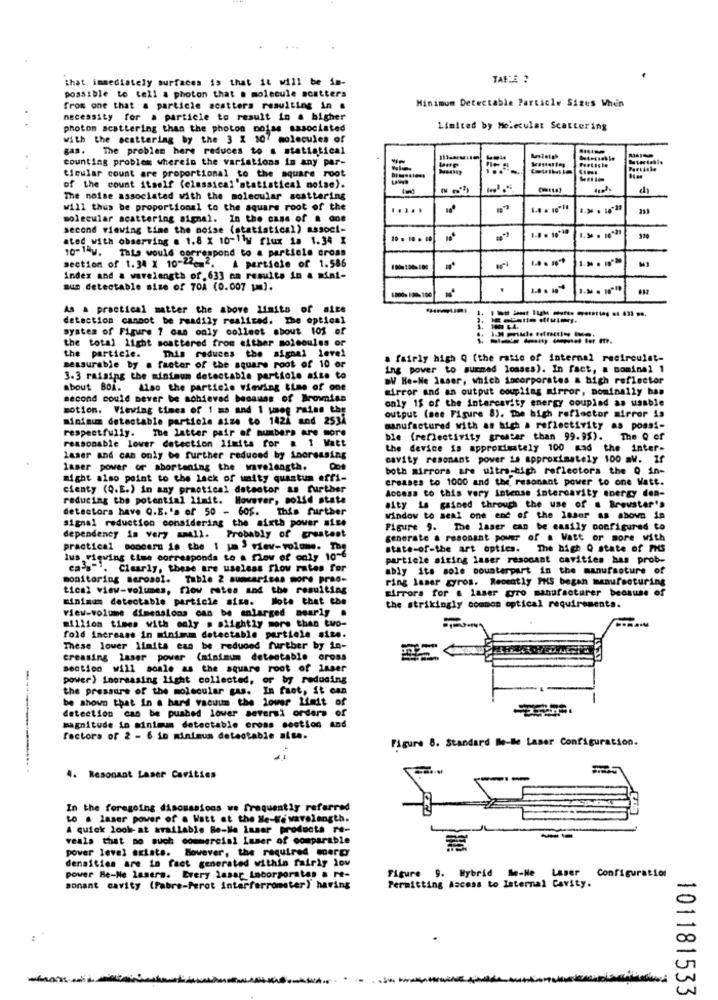
that immediately surfaces is that it will be im-
TABLA ?
possible to tell a photon that a molecule scatters
Minimum Detectable Particle Sizes When
from one that a particle scatters resulting in .
necessity for a particle to result in a higher
photon scattering than the photon poiss associated
Limited by Molecular Scattering
With the scattering by the 3 % 107 molecules of
gas. The problem here reduces to a statistical
counting problem wherein the variations in any par-
-
Inter table
ticular count are proportional to the square root
of the count itself (classical 'statistical noise).
1teh
The noise associated with the molecular scattering
will thus be proportional to the square root of the
.....
molecular scattering signal. In the case of a one
second viewing time the noise (statistical) associ-
1-8 . 18*10
ated with observing a 1.8 x 10-1ly flux 1a 1.34 X
10-1-V. This would correspond to a particle cross
section of 1.34 X 10-22cm2. A particle of 1.586
index and a wavelength of, 633 na results in a mini-
mum detectable size of 70A (0.007 [m].
1800 100100
412
As a practical matter the above limits of aixe
detaction cannot be readily realized. The optical
system of Figure 7 can only collect about 10% of
the total light scattered from either molecules or
------
This reduces the signal level
the particie.
a fairly high Q (the ratio of internal recirculst-
measurable by a factor of the square root of 10 or
ing power to summed losses). In fact, a nominel 1
3.3 raising the minimum detectable particle aise to
BW He-Ne Isser, which incorporates & high reflector
about BOA. Also the particie viewing time of one
Mirror and an output coupling mirror, pominally has
second could never be achieved because of Brownies
motion. Viewing times of ! ms and 1 uneg raise the
only 15 of the intarcavity energy coupled as usable
Minimum detectable particle size to 1424 and 2538
output (see Figure 8). The high reflector mirror is
manufactured with as high a reflectivity as possi-
respectfully. The latter pair of numbers are sore
ble (reflectivity greater than 99.95). The Q of
reasonable lower detection limits for a 1 Watt
the device is approximately 100 mad the inter-
laser and can only be further reduced by increasing
cavity resonant power is approximately 100 mW. If
laser power or shortening the wavelength. One
both mirrors are ultra-high reflectors the 0 in-
might also point to the lack of waity quantum affi-
creases to 1000 and the resonant power to one Watt.
cienty (Q.E.) in any practical detector as further
Access to this very intense intercavity energy den-
reducing the potential limit. However, solid state
detectors have Q.E.'s of 50 - 605. This further
aity is gained through the use of a Brewster's
signal reduction considering the sixth power aise
Window to seat one end of the laser as shown in
Figure 9. The laser can be easily configured to
dependency is very small. Probably of greatest
generate a resonant power of a Watt or more with
practical concern is the 1 pm > viev-volume. Tea
state-of-the art optics. The high Q state of PHS
Ius viewing time corresponds to a flow of only 10-6
particle sizing laser resonant cavities has prob-
ca's"". Clearly, these are useless flow rates for
ably its sole counterpart in the manufacture of
monitoring aerosol. Table 2 sumearises more prae-
ring laser gyros. Recently PHS began manufacturing
tical view-volumes, flow rates and the resulting
mirrors for a laser gyro manufacturer because of
minimum detectable particle size. Note that the
the strikingly common optical requirements.
View-volume dimensions can be enlarged nearly .
million times with only . slightly more than two-
fold increase in minima detectable particle size.
These lower limits can be reduced further by in-
creasing laser power (minimum detectable cross
section will scale as the square root of laser
power) increasing light collected, or by reducing
the pressure of the molecular gas. In fact, it can
be shown that in a hard vacuum the lower limit of
detection can be pushed louer seversi orders of
magnitude in minimum detectable cross section and
factors of 2 - 6 io minimum detestable alse.
Figure 8. Standard Be-Be Laser Configuration.
4. Resonant Laser Cavities
In the foregoing discussions ws frequently referred
to . laser power of a Watt at the Me-We wavelength.
A quick look-at available Be-Ne Isser products rt-
veals that no such commercial Laser of comparable
--
power level exists. However, the required energy
densities are in fact generated within fairly lov
Figure 9. Hybrid Se-He
Laser
power He-Ne lasers. Every lasar Incorporates . re-
Permitting Access to Internal Cavity.
Configuration
sonant cavity (Fabre-Perot interferrometer) having
-
101181533